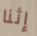
إثنا